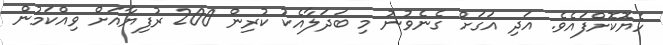
ހެޔޮކޮށްފައެވެ. އަދި އަގަށް ގެނެވުނު މި ބަދަލާއެކު ކުރިން 200 ރުފިޔާއަށް ވިއްކަމުން